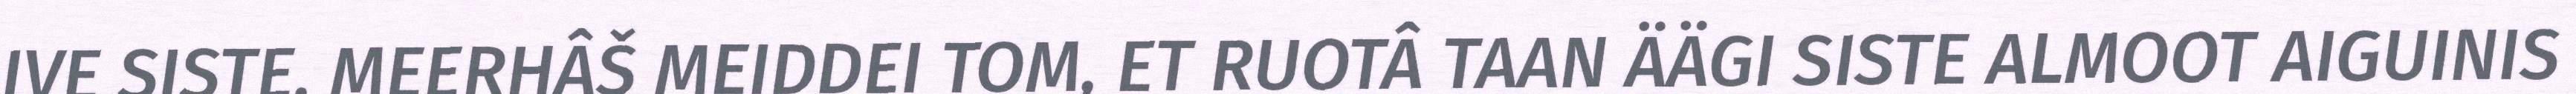
IVE SISTE, MEERHÂŠ MEIDDEI TOM, ET RUOTÂ TAAN ÄÄGI SISTE ALMOOT AIGUINIS